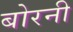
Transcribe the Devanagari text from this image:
बोरनी